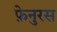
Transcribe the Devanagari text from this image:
फ़ेनुरस